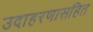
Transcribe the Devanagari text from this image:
उदाहरणासहित